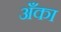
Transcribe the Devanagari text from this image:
अँका